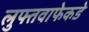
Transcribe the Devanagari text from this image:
लुफ्तवाफेकडे